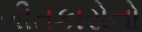
ગીતકારોનો